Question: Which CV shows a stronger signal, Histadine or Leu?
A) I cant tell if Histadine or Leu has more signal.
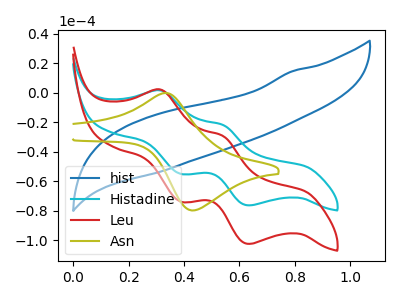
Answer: <think>The blue curve "hist" has no peaks. The cyan curve "Histadine" has anodic peaks at (0.30V, 1.60uA) (0.55V, -21.80uA) and cathodic peaks at (0.40V, -55.05uA) (0.65V, -76.40uA). The red curve "Leu" has anodic peaks at (0.30V, 2.15uA) (0.55V, -29.25uA) and cathodic peaks at (0.40V, -73.90uA) (0.65V, -102.55uA). The olive curve "Asn" has an anodic peak at (0.35V, -0.15uA) and a cathodic peak at (0.45V, -79.85uA).
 All the peaks in "Histadine" have a peak in "Leu" at the same potential.</think>
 <answer>A) I cant tell if "Histadine" or "Leu" has more signal.</answer>
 <eval>A</eval>